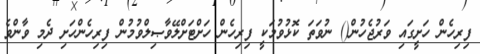
ފިރިހެން ހަށީގައި ވަރުޖެހުން() ނުވަތަ ކޮޅުވުމަކީ ފިރިހެން ހަށްޓަށްލޭވާޞިލްވުމުން ފިރިހެންހަށި ދެމި ވާންވެ